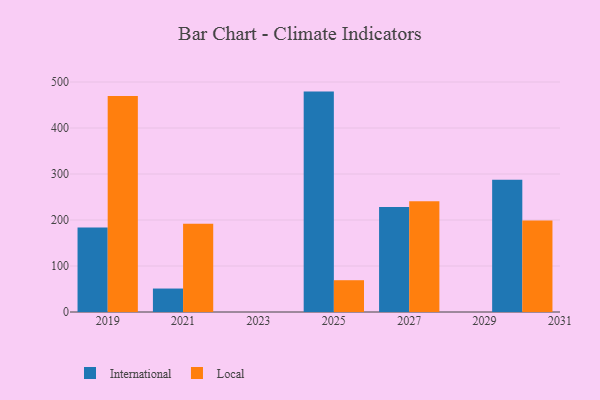
{"axis": {"x": "Year", "y": "Headcount"}, "legend": ["International", "Local"], "data": [{"x": "2019", "y": 183.5, "type": "International"}, {"x": "2019", "y": 469.4, "type": "Local"}, {"x": "2027", "y": 228.1, "type": "International"}, {"x": "2027", "y": 240.8, "type": "Local"}, {"x": "2021", "y": 51.0, "type": "International"}, {"x": "2021", "y": 191.6, "type": "Local"}, {"x": "2025", "y": 479.1, "type": "International"}, {"x": "2025", "y": 69.1, "type": "Local"}, {"x": "2030", "y": 287.7, "type": "International"}, {"x": "2030", "y": 198.8, "type": "Local"}]}